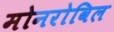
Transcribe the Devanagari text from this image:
मोनरोविल